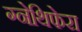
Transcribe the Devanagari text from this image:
ग्नेथिफेरा